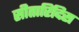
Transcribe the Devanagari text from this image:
सीतारिदिस